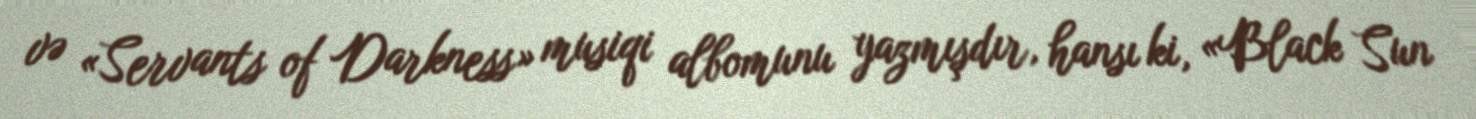
və «Servants of Darkness» musiqi albomunu yazmışdır, hansı ki, «Black Sun